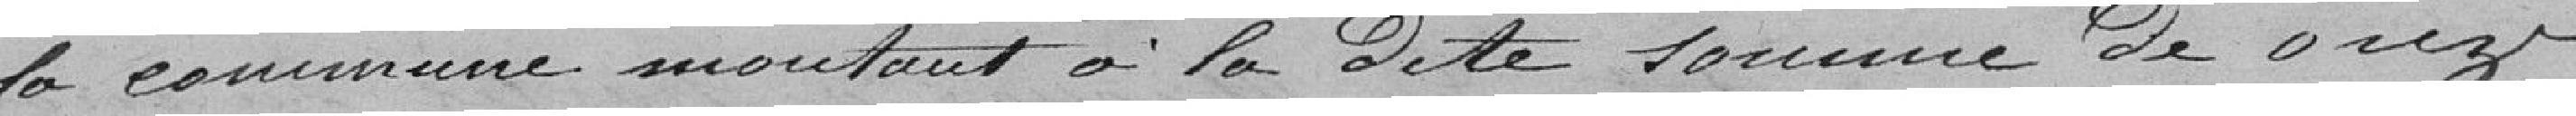
la commune montant à ladite somme de onze